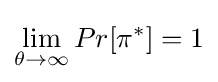
\lim _{\theta \to \infty }Pr[\pi ^{*}]=1